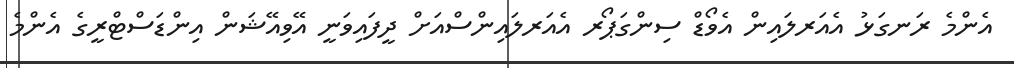
އެންމެ ރަނގަޅު އެއަރލައިން އެވޯޑް ސިންގަޕޯރ އެއަރލައިންސްއަށް ދީފައިވަނީ އޭވިއޭޝަން އިންޑަސްޓްރީގެ އެންމެ